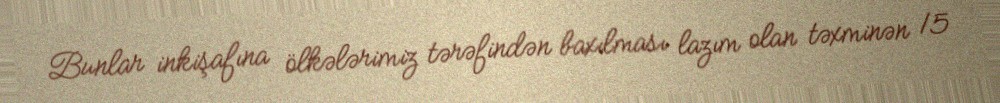
Bunlar inkişafına ölkələrimiz tərəfindən baxılması lazım olan təxminən 15